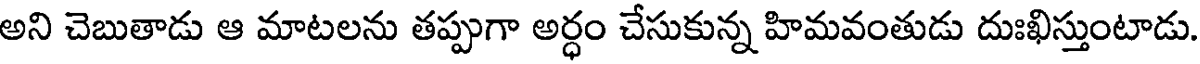
అని చెబుతాడు ఆ మాటలను తప్పుగా అర్ధం చేసుకున్న హిమవంతుడు దుఃఖిస్తుంటాడు